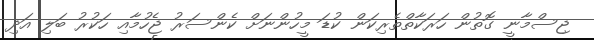
ޖިސްމާނީ ގޮތުން ހަރަކާތްތެރިކަން ކުޑަ މީހުންނަށް ކެންސަރު ޖެހުމާއި ހަކުރު ބަލި އަދި